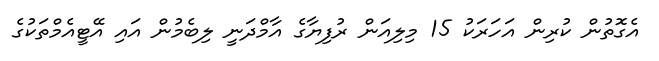
އެގޮތުން ކުރިން އަހަރަކު 15 މިލިއަން ރުފިޔާގެ އާމްދަނީ ލިބެމުން އައި އޭޓީއެމްތަކުގެ